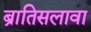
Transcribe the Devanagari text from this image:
ब्रातिसलावा